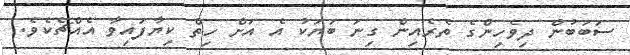
ސަބަބުން ދިވެހިންގެ ތެރެއިން ގިނަ ބަޔަކު އެ އަށް ހިތް ކިޔާފައިވާ އެއްޗެކެވެ.